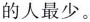
的人最少。